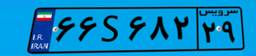
۶۶S۶۸۲۲۹